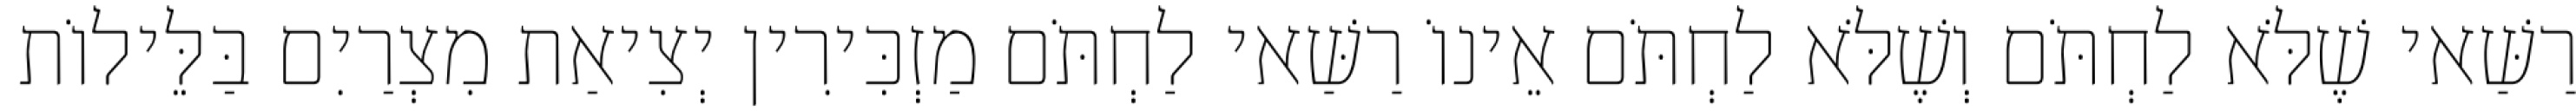
רַשַּׁאי שֶׁלֹּא לַחְתֹּם וְשֶׁלֹּא לַחְתֹּם אֵינוֹ רַשַּׁאי לַחְתֹּם מַזְכִּירִין יְצִיאַת מִצְרַיִם בַּלֵּילוֹת